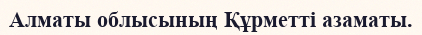
Алматы облысының Құрметті азаматы.